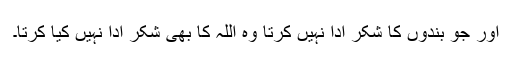
اور جو بندوں کا شکر ادا نہیں کرتا وہ اللہ کا بھی شکر ادا نہیں کیا کرتا۔